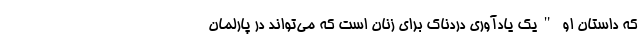
که داستان او "یک یادآوری دردناک برای زنان است که می‌تواند در پارلمان